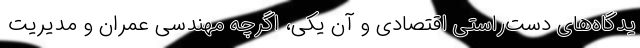
یدگاه‌های دست‌راستی اقتصادی و آن‌ یکی، اگرچه مهندسی عمران و مدیریت